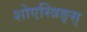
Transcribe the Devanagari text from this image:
शोएस्त्रिङ्स्